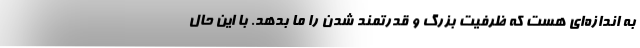
به اندازه­ای هست که ظرفیت بزرگ و قدرتمند شدن را ما بدهد. با این حال